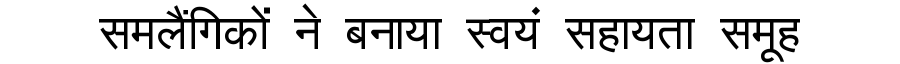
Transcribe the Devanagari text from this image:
समलैंगिकों ने बनाया स्वयं सहायता समूह